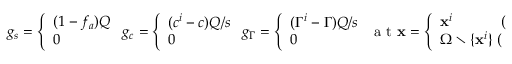
\begin{array} { r } { g _ { s } = \left\{ \begin{array} { l l } { ( 1 - f _ { a } ) Q } \\ { 0 } \end{array} \right. g _ { c } = \left\{ \begin{array} { l l } { ( c ^ { i } - c ) Q / s } \\ { 0 } \end{array} \right. g _ { \Gamma } = \left\{ \begin{array} { l l } { ( \Gamma ^ { i } - \Gamma ) Q / s } \\ { 0 } \end{array} \right. \mathrm { ~ a ~ t ~ } { \bf x } = \left\{ \begin{array} { l l } { { \bf x } ^ { i } \qquad \quad \mathrm { ~ ( ~ s ~ o ~ u ~ r ~ c ~ e ~ ) ~ } } \\ { \Omega \setminus \{ { \bf x } ^ { i } \} \mathrm { ~ ( ~ e ~ l ~ s ~ e ~ w ~ h ~ e ~ r ~ e ~ ) ~ } } \end{array} \right. , } \end{array}